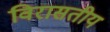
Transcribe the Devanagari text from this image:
विरासतीय